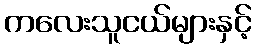
ကလေးသူငယ်များနှင့်